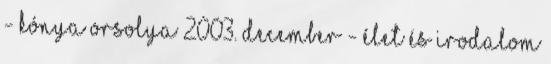
- Kónya Orsolya 2003. december - Élet és irodalom